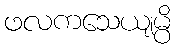
ဖလကသေယျမ္ပိ